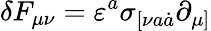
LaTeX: \delta F_{\mu\nu}=\varepsilon^{a}\sigma_{[\nu a\dot{a}}\partial_{\mu]}